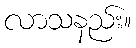
လာသနည်း။